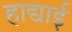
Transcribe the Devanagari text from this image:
हाद्याई